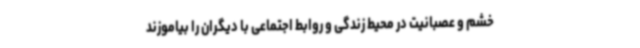
خشم و عصبانیت در محیط زندگی و روابط اجتماعی با دیگران را بیاموزند